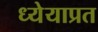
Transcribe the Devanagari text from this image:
ध्येयाप्रत